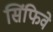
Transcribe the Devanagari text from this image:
सिंफिवे